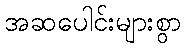
အဆပေါင်းများစွာ